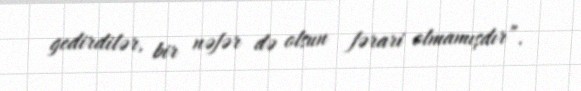
gedirdilər, bir nəfər də olsun fərari olmamışdır”.